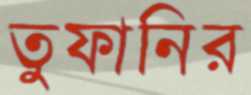
তুফানির